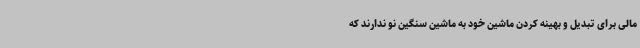
مالی برای تبدیل و بهینه کردن ماشین خود به ماشین سنگین نو ندارند که